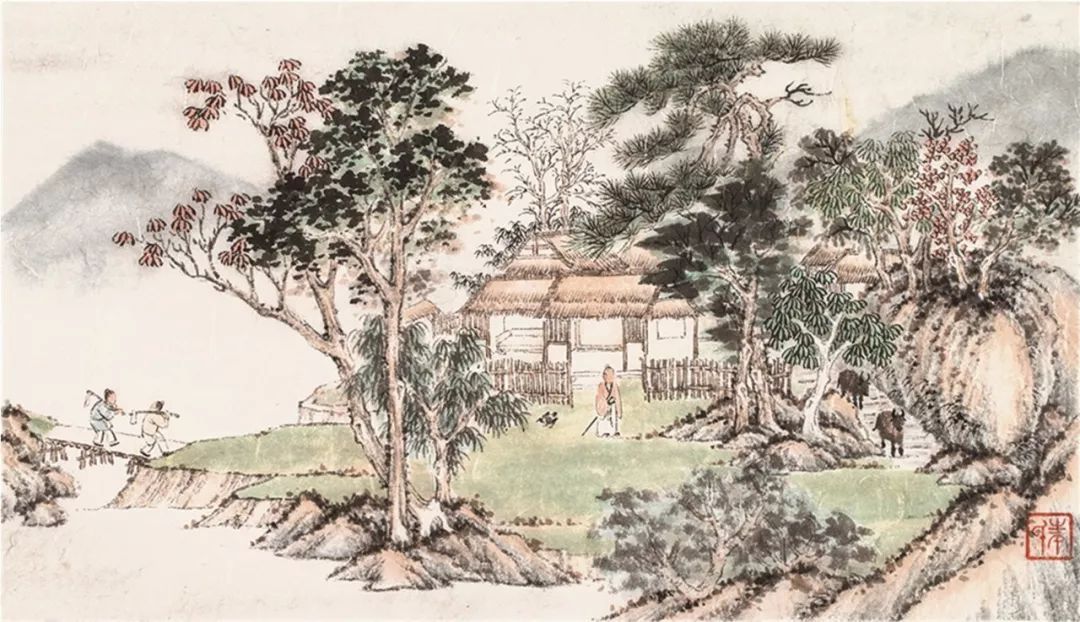
斜阳照墟落，穷巷牛羊归。